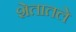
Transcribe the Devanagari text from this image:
शेतातले